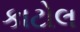
કાટોલ